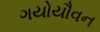
ગયોયૌવન